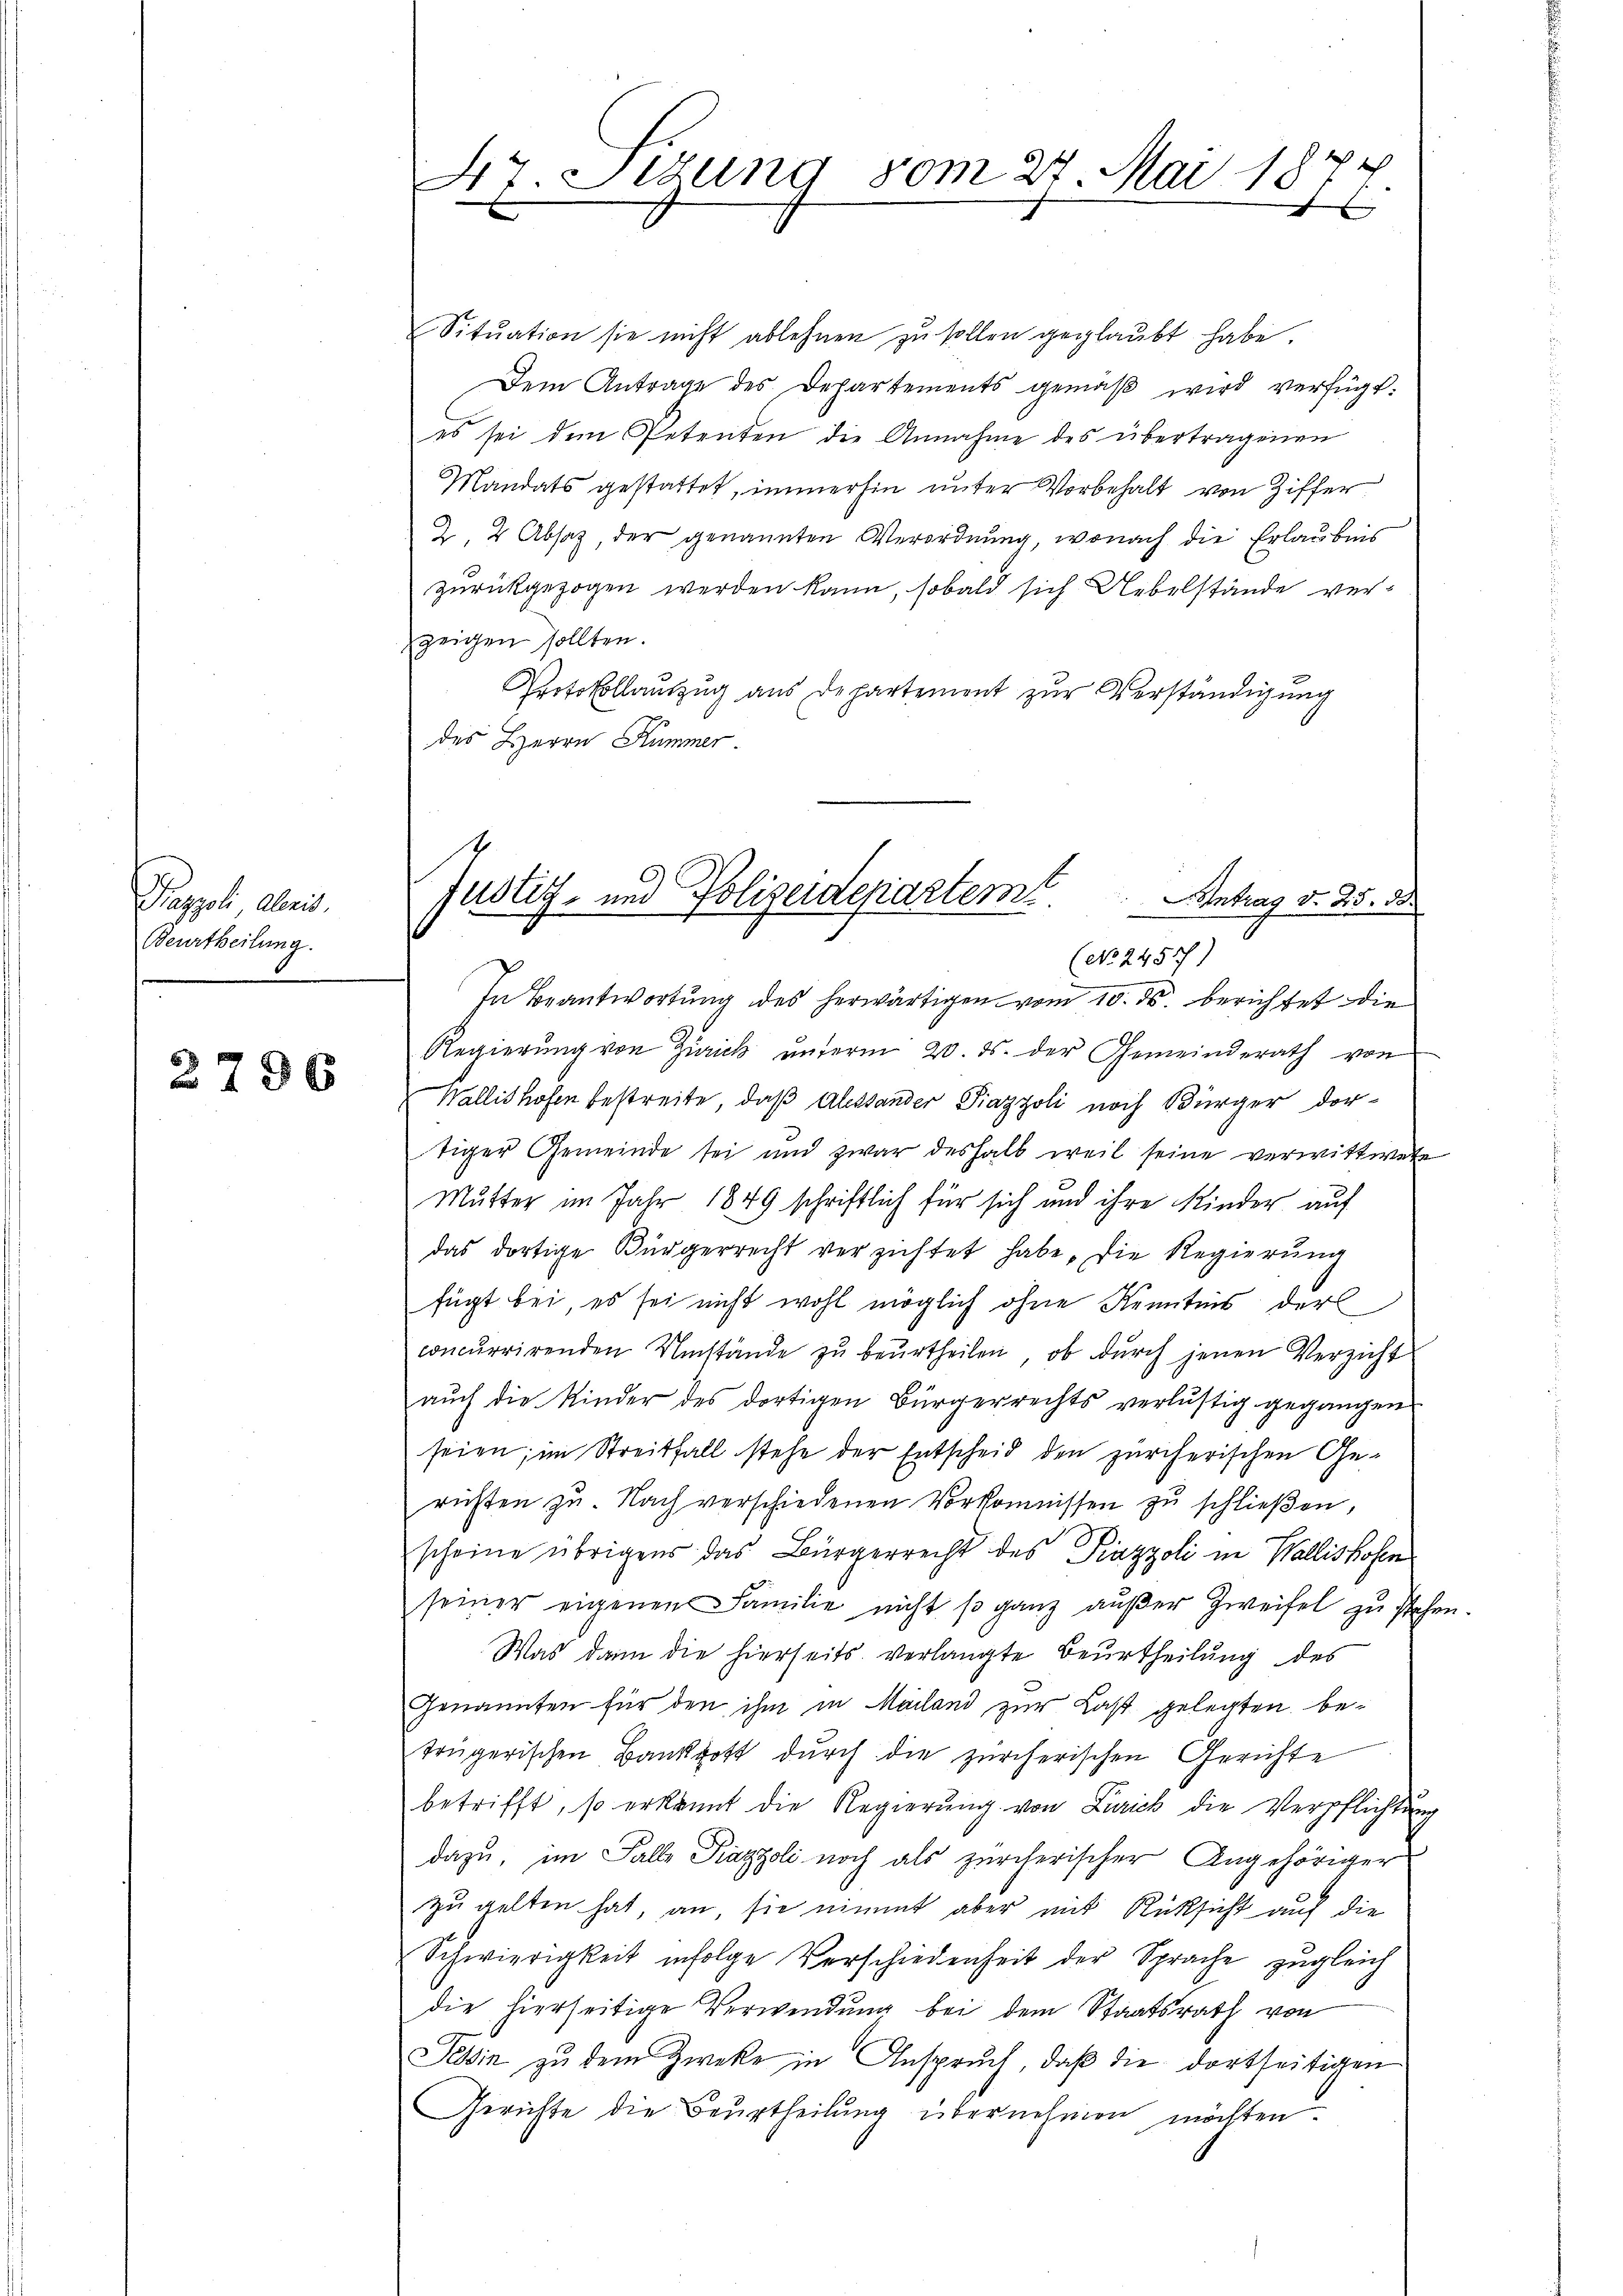
Prappol aberis
Beurtheilung.

2796

Sitŭation sie nicht ablehnen zŭ sollen geglaŭbt habe.
Dem Antrage des Departements gemäβ wird verfügt:
es sei dem Petenten die Annahme des übertragenen
Mandats gestattet, immerhin unter Vorbehalt von Ziffer
2, 2 Absaz, der genannten Verordnung, wonach die Erlaubnis
zurückgezogen werden kann, sobald sich Uebelstände verzeigen sollten.
Protokollauszug aus Departement zur Verständigung
des Herrn Kummer.

dr Situng vom 27. Mai 18
1
46

Justiz- und Polizeidepartem Antrag d. 25. 28.
(No. 2457)

In Beantwortung des herwärtigen vom 10. ds. berichtet die
Regierung von Zürich unterm 20. d. der Gemeinderath von
Wallishofen bestreite, daß Alessander Piazzoli noch Bürger dor-
tiger Gemeinde sei und zwar deshalb weil seine verwittwete
Mutter im Jahr 1849 schriftlich für sich und ihre Kinder auf
das dortige Bürgerrecht verzichtet habe, die Regierung
fügt bei, es sei nicht wohl möglich ohne Kenntnis der
concurrirenden Umstände zu beurtheilen, ob durch jenen Verzicht
aŭch die Kinder des dortigen Bürgerrechts verlustig gegangen
seien; im Streitfall stehe der Entscheid den zürcherischen Ge-
rühten zu. Nach verschiedenen Vorkommissen zŭ schlieβen,
scheine übrigens das Bürgerrecht des Piazzoli in Wallishofen
seiner eigenen Familie nicht so ganz außer Zweifel zu stehen.
Was dann die hierseits verlangte Beurtheilung des
Genannten für den ihm in Mailand zur Last gelegten betrügerischen Bankrott durch die zürcherischen Gerichte
betrifft, so erkannt die Regierung von Zürich die Verpflichtung
dazu, im Falle Piazzoli noch als zürcherischer Angehöriger
zu gelten hat, an, sie nimmt aber mit Rücksicht auf die
Schwierigkeit infolge Verschiedenheit der Sprache zŭgleich
die hierseitige Verwendung bei dem Staatsrath von
Tessin zu dem Zwecke in Anspruch, daβ die dortseitigen
Gerichte die Beurtheilung übernehmen möchten